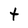
Character: t